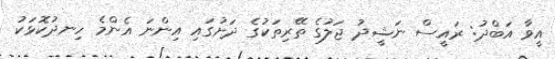
އީވާ އަބްދު: ރައީސް ނަޝީދު ޖަލުގެ ތޭރިތަކުގެ ދަށުގައި އިންނަ އެންމެ ހިނދުކޮޅަކު